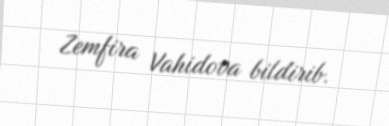
Zemfira Vahidova bildirib.